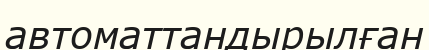
автоматтандырылған